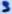
Text: 3